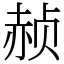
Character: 赪